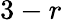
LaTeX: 3-r